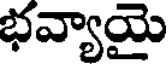
భవ్యాయై